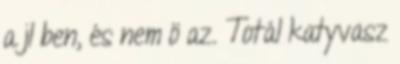
a jl ben, és nem ö az. Totál katyvasz